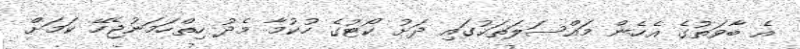
އެ ބާވަތުގެ އެހެން މައްސަލަތަކުގައި ދަށު ކޯޓުގެ ހުކުމާ މެދު ހިތްހަމަނުޖެހޭ ކަމަށް